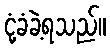
ငုံ့ခံခဲ့ရသည်။